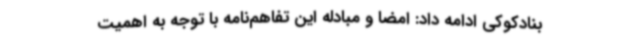
بنادکوکی ادامه داد: امضا و مبادله این تفاهم‌نامه با توجه به اهمیت